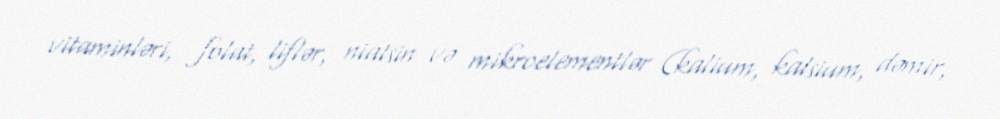
vitaminləri, folat, liflər, niatsin və mikroelementlər (kalium, kalsium, dəmir,